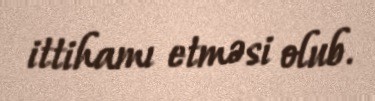
ittihamı etməsi olub.